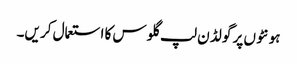
ہو نٹو ں پر گو لڈ ن لپ گلو س کا استعمال کر یں۔